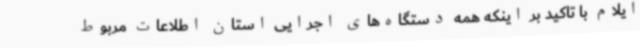
ایلام با تاکید بر اینکه همه دستگاه‌های اجرایی استان اطلاعات مربوط